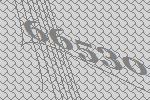
66530